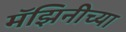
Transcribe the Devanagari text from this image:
मॅझिनीच्या